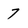
Character: 7